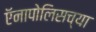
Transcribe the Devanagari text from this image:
ऍनापोलिसच्या